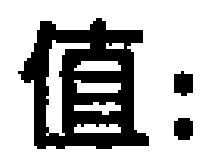
值: